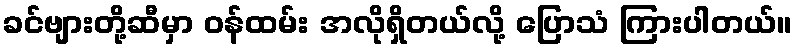
ခင်ဗျားတို့ဆီမှာ ဝန်ထမ်း အလိုရှိတယ်လို့ ပြောသံ ကြားပါတယ်။